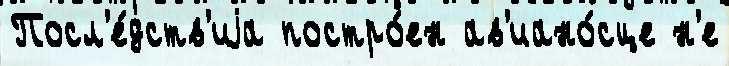
Посл'е́дств'иjа постро́ен ав'иано́сце н'е